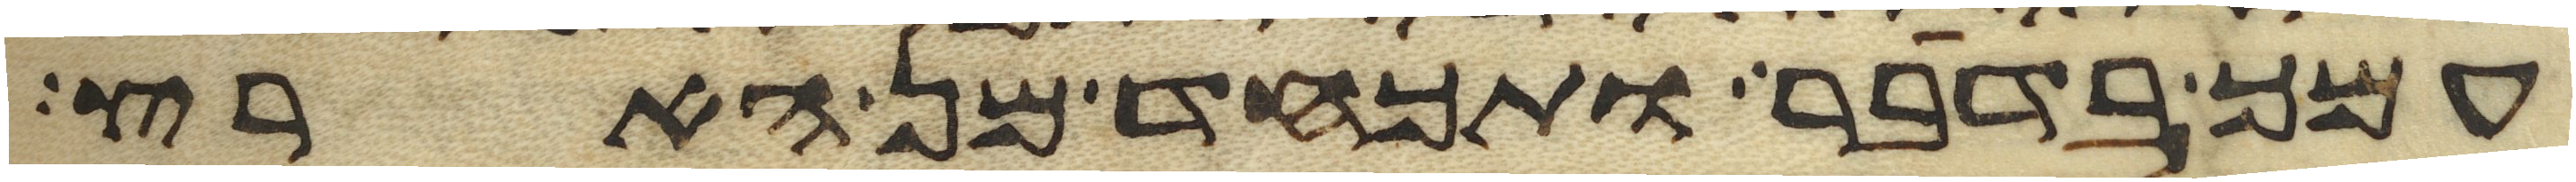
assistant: עמך בדבר ותכחד מן הארץ